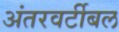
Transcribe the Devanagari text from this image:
अंतरवर्टीबल